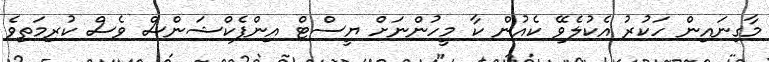
މާގިނައިން ހަކުރު އެކުލެވޭ ކެއުން ކާ މީހުންނަށް ޔީސްޓް އިންފެކްޝަންސް ވެސް ކުރިމަތިވެ